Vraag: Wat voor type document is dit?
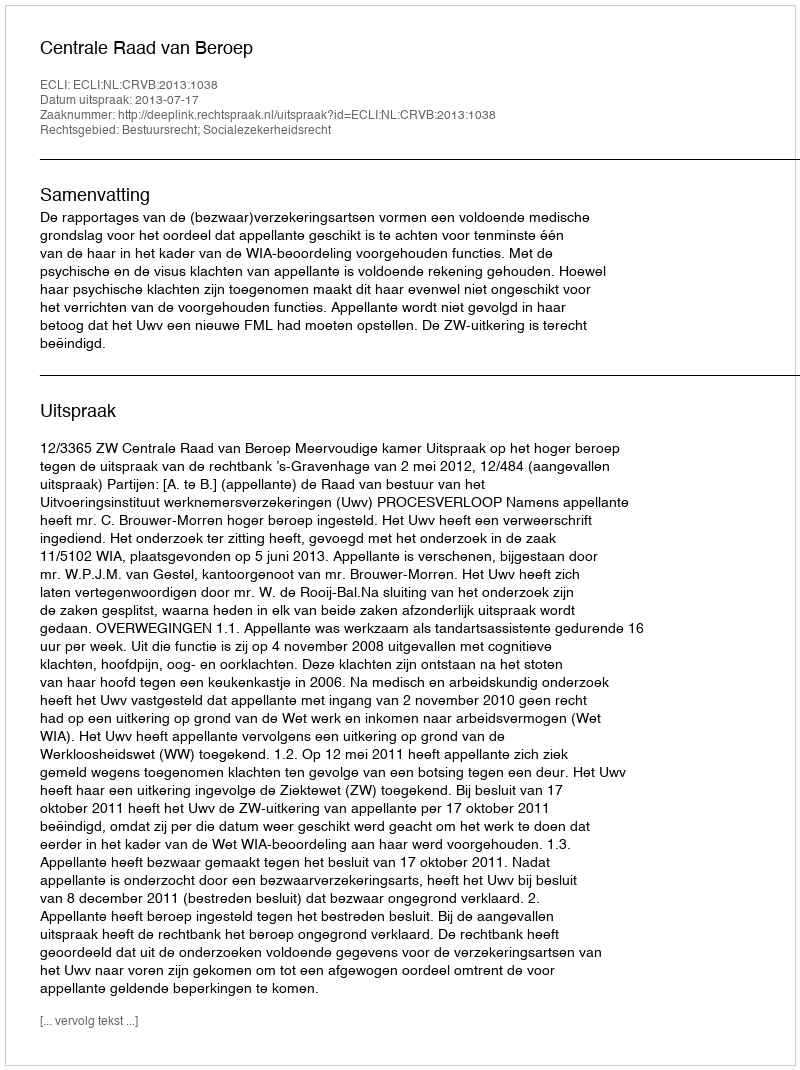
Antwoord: Uitspraak